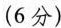
(6分)